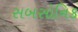
સબસોનિક